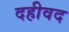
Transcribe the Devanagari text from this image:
दहीवद